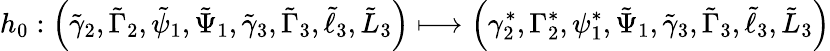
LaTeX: h_{0}:\left(\tilde{\gamma}_{2},\tilde{\Gamma}_{2},\tilde{\psi}_{1},\tilde{\Psi}_{1},\tilde{\gamma}_{3},\tilde{\Gamma}_{3},\tilde{\ell}_{3},\tilde{L}_{3}\right)\longmapsto\left(\gamma_{2}^{*},\Gamma_{2}^{*},\psi_{1}^{*},\tilde{\Psi}_{1},\tilde{\gamma}_{3},\tilde{\Gamma}_{3},\tilde{\ell}_{3},\tilde{L}_{3}\right)